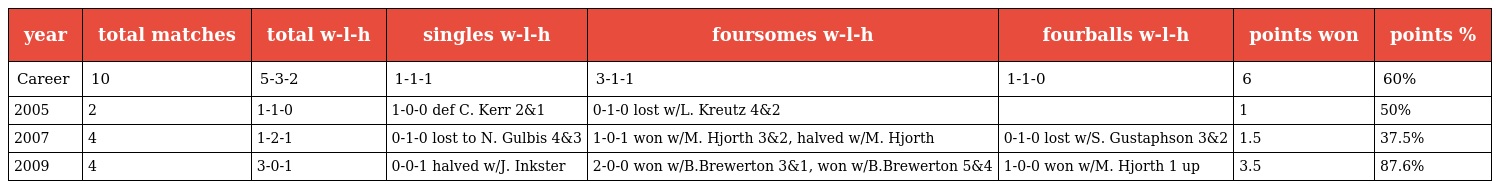
| year | total matches | total w-l-h | singles w-l-h | foursomes w-l-h | fourballs w-l-h | points won | points % |
 | --- | --- | --- | --- | --- | --- | --- | --- |
 | Career | 10 | 5-3-2 | 1-1-1 | 3-1-1 | 1-1-0 | 6 | 60% |
 | 2005 | 2 | 1-1-0 | 1-0-0 def C. Kerr 2&1 | 0-1-0 lost w/L. Kreutz 4&2 |  | 1 | 50% |
 | 2007 | 4 | 1-2-1 | 0-1-0 lost to N. Gulbis 4&3 | 1-0-1 won w/M. Hjorth 3&2, halved w/M. Hjorth | 0-1-0 lost w/S. Gustaphson 3&2 | 1.5 | 37.5% |
 | 2009 | 4 | 3-0-1 | 0-0-1 halved w/J. Inkster | 2-0-0 won w/B.Brewerton 3&1, won w/B.Brewerton 5&4 | 1-0-0 won w/M. Hjorth 1 up | 3.5 | 87.6% |